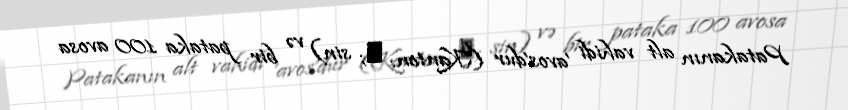
Patakanın alt vahidi 'avos'dur (Kanton: 仙; sin) və bir pataka 100 avosa